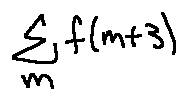
\sum \limits _ { m } f ( m + 3 )